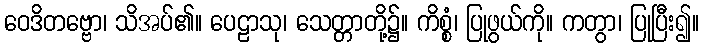
ဝေဒိတဗ္ဗော၊ သိအပ်၏။ ပေဠာသု၊ သေတ္တာတို့၌။ ကိစ္စံ၊ ပြုဖွယ်ကို။ ကတွာ၊ ပြုပြီး၍။